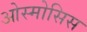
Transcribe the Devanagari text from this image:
ओस्मोसिस